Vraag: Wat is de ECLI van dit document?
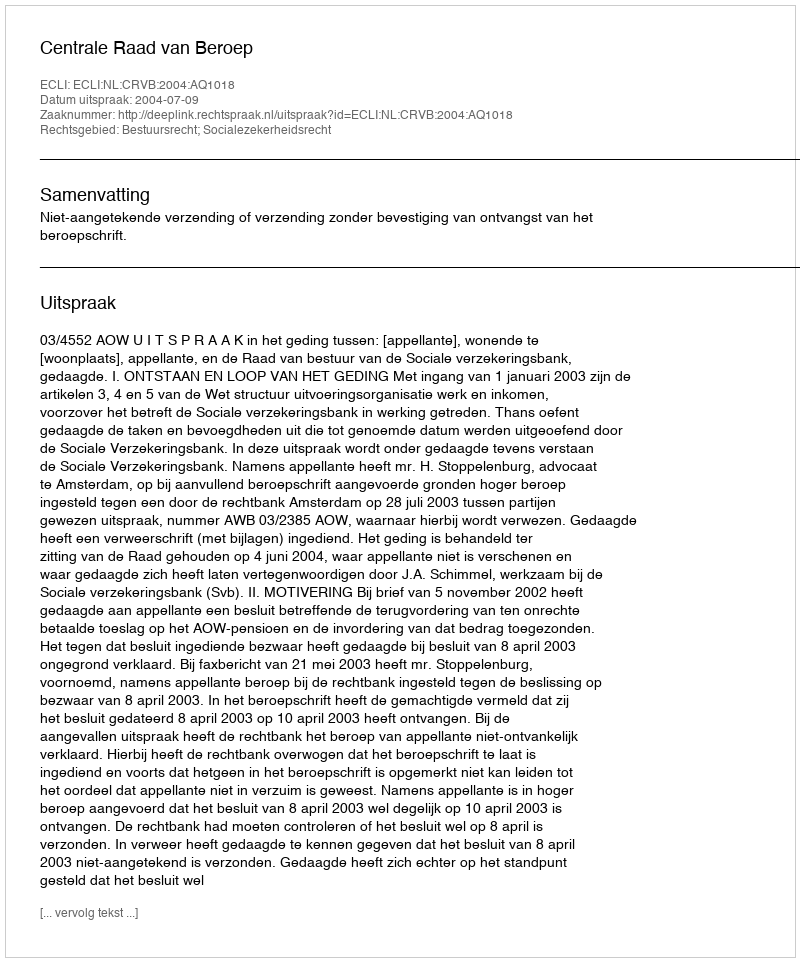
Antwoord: ECLI:NL:CRVB:2004:AQ1018